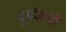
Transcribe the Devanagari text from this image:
दुमंजली